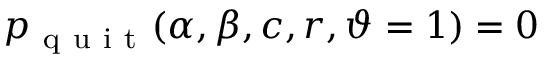
p _ { \mathrm { ~ q ~ u ~ i ~ t ~ } } ( \alpha , \beta , c , r , \vartheta = 1 ) = 0